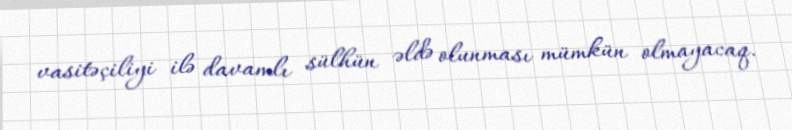
vasitəçiliyi ilə davamlı sülhün əldə olunması mümkün olmayacaq.